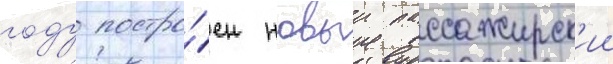
году постро́ен новыи пассажирск'ии